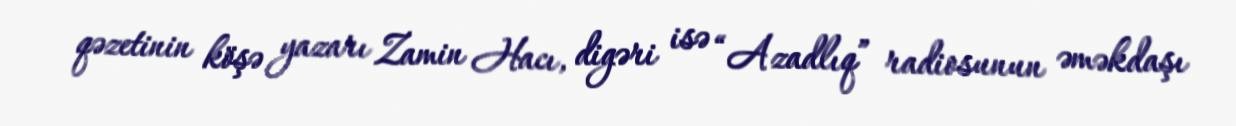
qəzetinin köşə yazarı Zamin Hacı, digəri isə “Azadlıq” radiosunun əməkdaşı